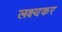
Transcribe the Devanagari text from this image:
लक्ष्यकर